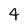
Character: 4